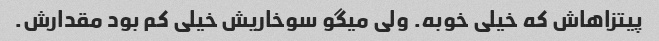
پیتزاهاش که خیلی خوبه. ولی میگو سوخاریش خیلی کم بود مقدارش.